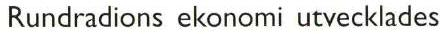
Rundradions ekonomi utvecklades